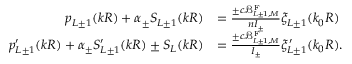
\begin{array} { r l } { p _ { L \pm 1 } ( k R ) + \alpha _ { \pm } S _ { L \pm 1 } ( k R ) } & { = \frac { \pm c \mathcal { B } _ { L \pm 1 , M } ^ { \mathrm { F } } } { n { \cal I } _ { \pm } } \xi _ { L \pm 1 } ( k _ { 0 } R ) } \\ { p _ { L \pm 1 } ^ { \prime } ( k R ) + \alpha _ { \pm } S _ { L \pm 1 } ^ { \prime } ( k R ) \pm S _ { L } ( k R ) } & { = \frac { \pm c \mathcal { B } _ { L \pm 1 , M } ^ { \mathrm { F } } } { { \cal I } _ { \pm } } \xi _ { L \pm 1 } ^ { \prime } ( k _ { 0 } R ) . } \end{array}